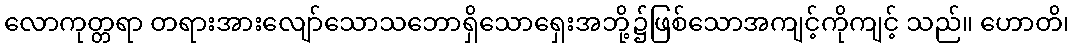
လောကုတ္တရာ တရားအားလျော်သောသဘောရှိသောရှေးအဘို့၌ဖြစ်သောအကျင့်ကိုကျင့် သည်။ ဟောတိ၊